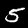
Label: 5